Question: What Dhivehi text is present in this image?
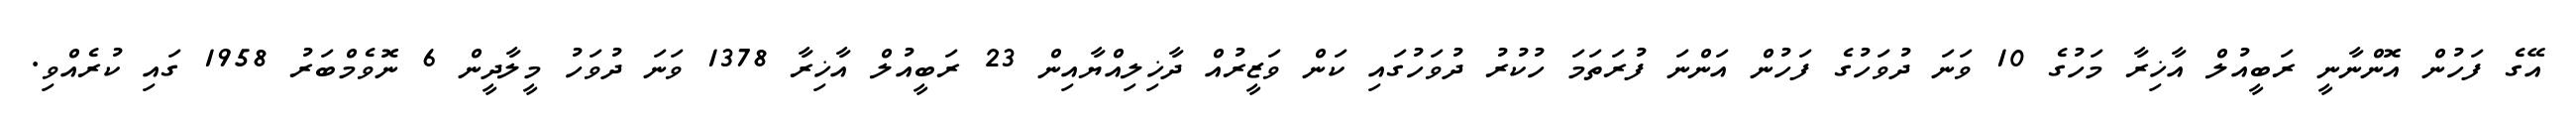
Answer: އޭގެ ފަހުން އޮންނާނީ ރަބީއުލް އާޚިރާ މަހުގެ 10 ވަނަ ދުވަހުގެ ފަހުން އަންނަ ފުރަތަމަ ހުކުރު ދުވަހުގައި ކަން ވަޒީރުއް ދާޚިލިއްޔާއިން 23 ރަބީއުލް އާޚިރާ 1378 ވަނަ ދުވަހު މީލާދީން 6 ނޮވެމްބަރު 1958 ގައި ކުރެއްވި.